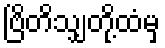
ဗြိတိသျှတို့ထံမှ